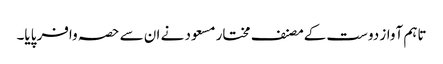
تاہم آواز دوست کےمصنف مختار مسعود نے ان سے حصہ وافر پایا۔